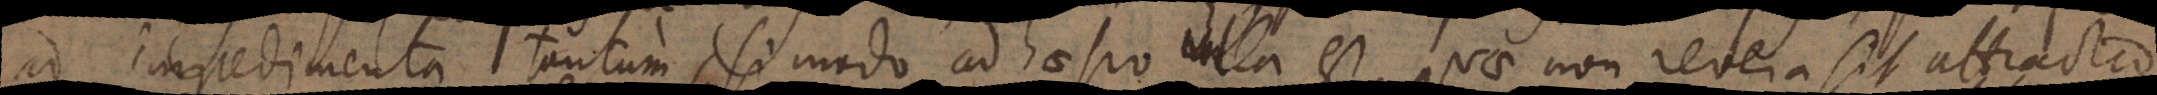
ad impedimenta tantum, si modo adhaesio nulla est, quae non revera sit attractio